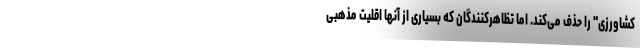
کشاورزی" را حذف می‌کند. اما تظاهرکنندگان که بسیاری از آنها اقلیت مذهبی